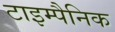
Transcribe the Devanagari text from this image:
टाइम्पैनिक